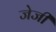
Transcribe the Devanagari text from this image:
जेजी